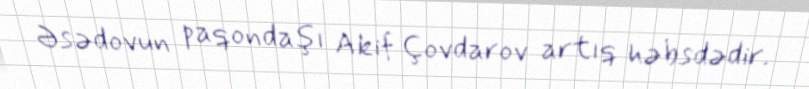
Əsədovun paqondaşı Akif Çovdarov artıq həbsdədir.